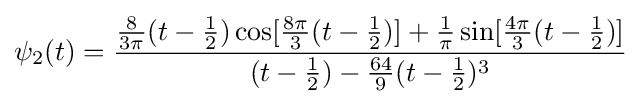
\psi _{2}(t)={\frac {{\frac {8}{3\pi }}(t-{\frac {1}{2}})\cos[{\frac {8\pi }{3}}(t-{\frac {1}{2}})]+{\frac {1}{\pi }}\sin[{\frac {4\pi }{3}}(t-{\frac {1}{2}})]}{(t-{\frac {1}{2}})-{\frac {64}{9}}(t-{\frac {1}{2}})^{3}}}